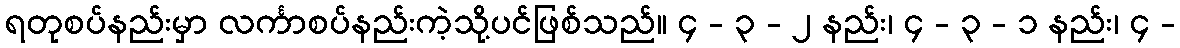
ရတုစပ်နည်းမှာ လင်္ကာစပ်နည်းကဲ့သို့ပင်ဖြစ်သည်။ ၄ - ၃ - ၂ နည်း၊ ၄ - ၃ - ၁ နည်း၊ ၄ -